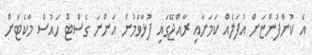
އެ ކުންފުންޏަށް އުފަލެއް ކަމަށާއި ރާއްޖޭގައި ފުޅާވަމުން އަންނަ ގެސްޓް ހައުސް މާކެޓަށް